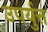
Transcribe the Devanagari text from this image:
उपर्युत्त